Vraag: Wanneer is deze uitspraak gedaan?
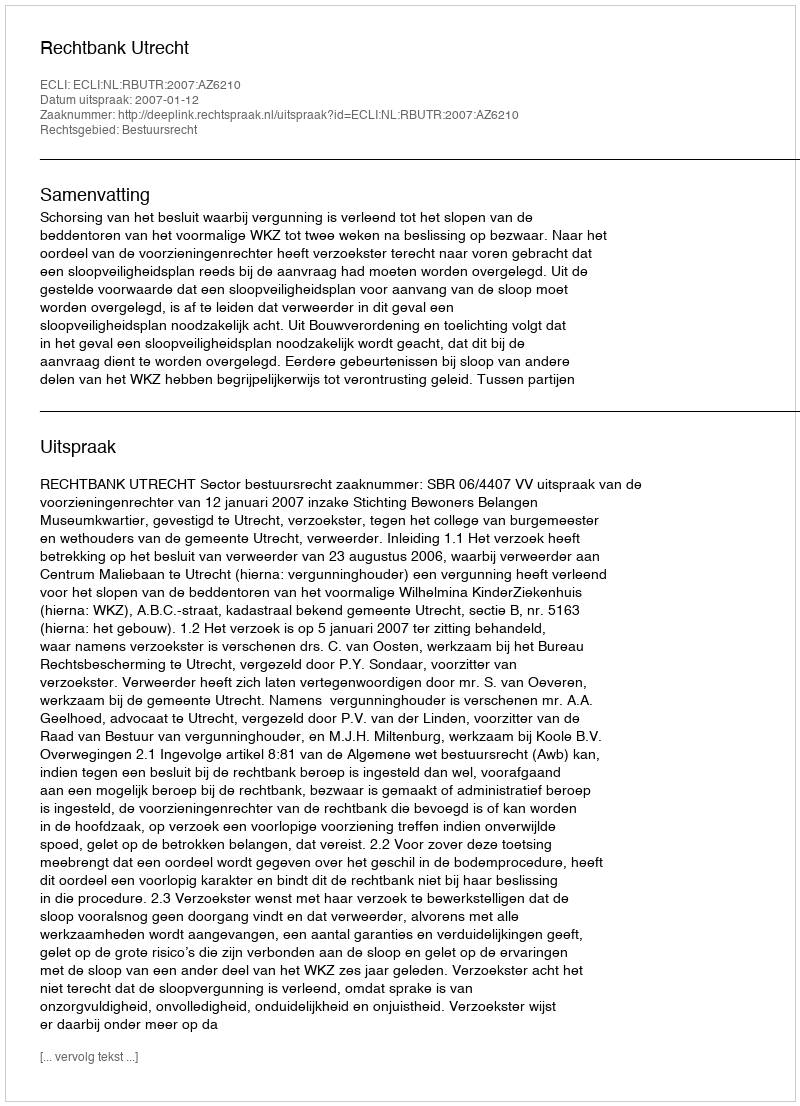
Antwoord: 2007-01-12